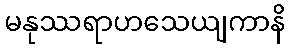
မနုဿရာဟသေယျကာနိ